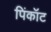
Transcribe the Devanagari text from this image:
पिंकॉट